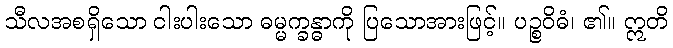
သီလအစရှိသော ငါးပါးသော ဓမ္မက္ခန္ဓာကို ပြသောအားဖြင့်။ ပဉ္စဝိဓံ၊ ၏။ ဣတိ